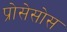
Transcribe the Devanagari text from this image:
प्रोसेसोस